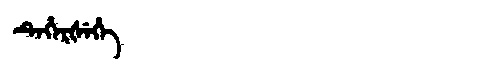
Manchu: ᡨᡝᡥᡝᡵᡧᡝᡥᡝ
Romanization: TEHERŠEHE